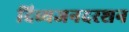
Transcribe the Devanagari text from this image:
दिव्यजनदरशन